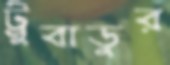
ট্রুবাডুর